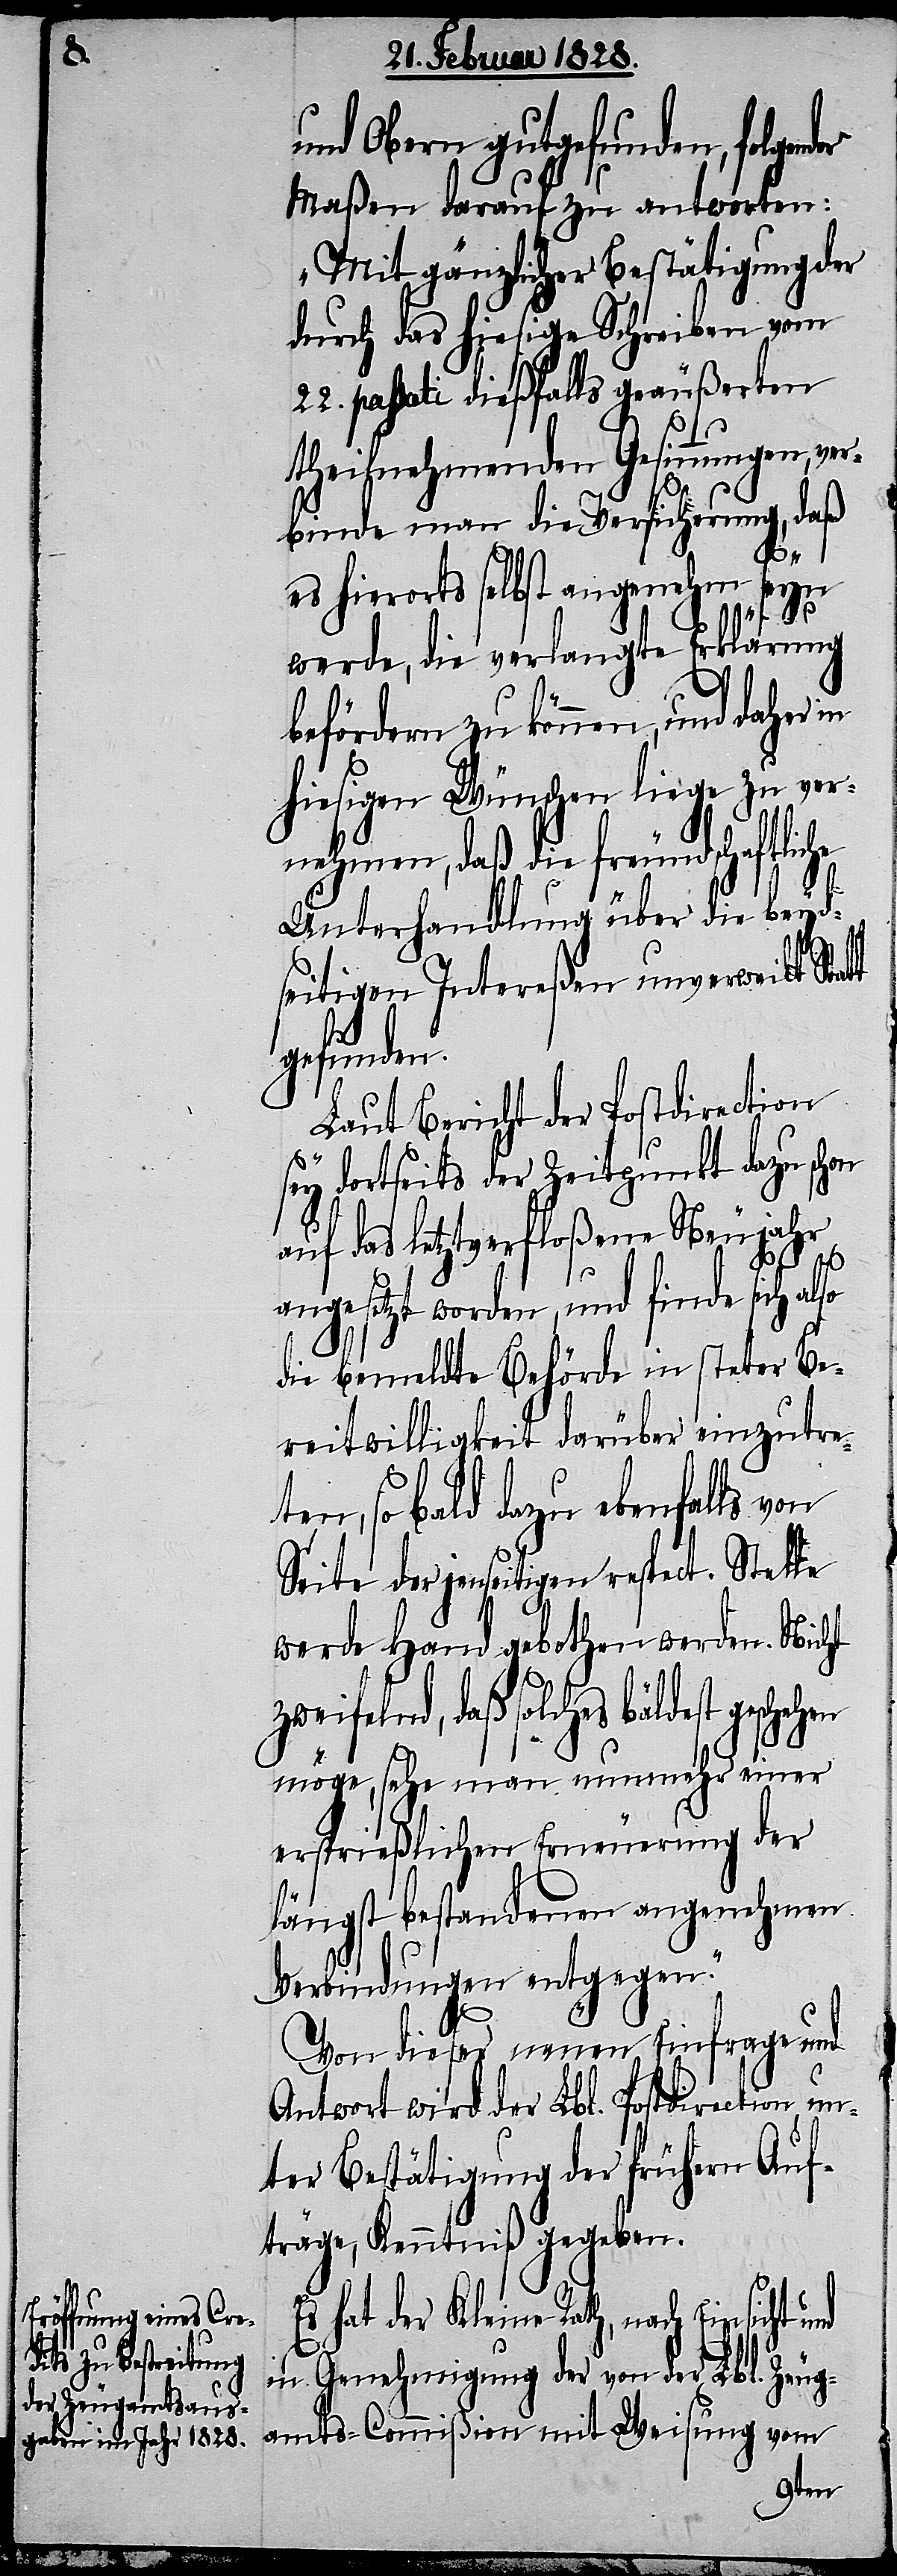
und Obern gutgefunden, folgen¬
Maßen darauf zu antworten:
„Mit gänzlicher Bestätigung der
durch das hiesige Schreiben vom
22. passati dießfalls geäußerten
theilnehmenden Gesinnungen, ver¬
binde man die Versicherung, daß
hen
es hierorts selbst angenehm seyn
werde, die verlangte Erklärung
t
befördern zu können, und daher in
hiesigen Wünschen liege zu ver¬
nehmen, daß die freundschaftli¬
Unterhandlung über die beyd¬
seitigen Intereßen unverweilt Stat¬
gefunden.
Laut Bericht der Postdirection
sey dortseits der Zeitpunct dazu schon
auf das letztverfloßene Neujahr
angesetzt worden, und finde sich also
die bemeldte Behörde in steter Be¬
reitwilligkeit darüber einzutre¬
ten, so bald dazu ebenfalls von
Seite der jenseitigen respect. Stelle
werde Hand gebothen werden. Nicht
zweifelnd, daß solches bäldest gesche¬
möge, sehe man nunmehr einer
ersprießlichen Erneuerung der
längst bestandenen angenehmen
Verbindungen entgegen.“
Von dieser neuen Einfrage und
Antwort wird der Lbl. Postdirection, un¬
ter Bestätigung der frühern Auf¬
träge Kenntniß gegeben.
hat der Kleine Rath, nach Einsicht
in Genehmigung der von der Lbl. Zeug¬
amts-Commißion mit Weisung vom